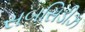
સબસિડીઝ